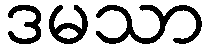
ဒမသာ